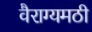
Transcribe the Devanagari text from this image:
वैराग्यमठी